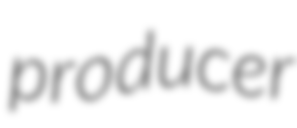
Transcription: producer